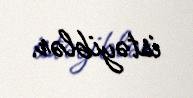
istəyiblər.